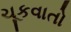
ચૂકવાતો